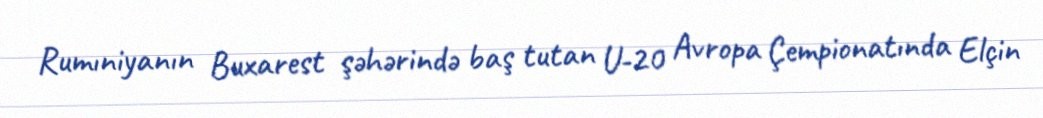
Rumıniyanın Buxarest şəhərində baş tutan U-20 Avropa Çempionatında Elçin